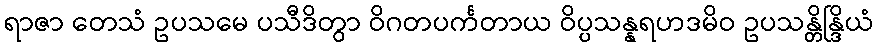
ရာဇာ တေသံ ဥပသမေ ပသီဒိတွာ ဝိဂတပင်္ကတာယ ဝိပ္ပသန္နရဟဒမိဝ ဥပသန္တိန္ဒြိယံ